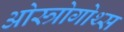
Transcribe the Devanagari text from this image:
ओस्त्रोगोथ्स